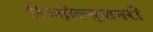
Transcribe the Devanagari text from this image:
रिव्होल्युशनरी